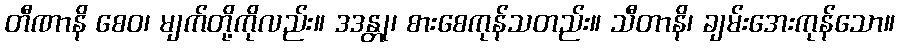
တီဏာနိ စေဝ၊ မျက်တို့ကိုလည်း။ ဒဒန္တု၊ စားစေကုန်သတည်း။ သီတာနိ၊ ချမ်းအေးကုန်သော။